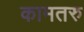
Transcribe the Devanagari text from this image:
कामतरु